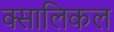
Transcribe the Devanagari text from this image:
क्सालिकल